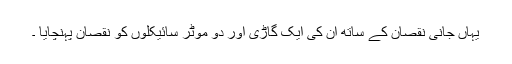
یہاں جانی نقصان کے ساتھ اِن کی ایک گاڑی اور دو موٹر سائیکلوں کو نقصان پہنچایا ۔